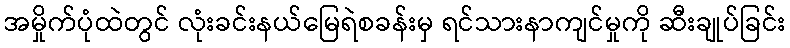
အမှိုက်ပုံထဲတွင် လုံးခင်းနယ်မြေရဲစခန်းမှ ရင်သားနာကျင်မှုကို ဆီးချုပ်ခြင်း